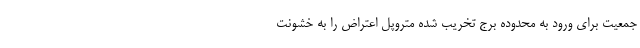
جمعیت برای ورود به محدوده برج تخریب شده متروپل اعتراض را به خشونت